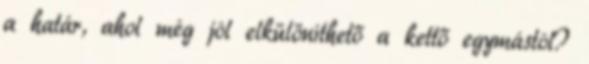
a határ, ahol még jól elkülöníthető a kettő egymástól?